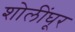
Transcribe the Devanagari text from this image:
शोलींघूर